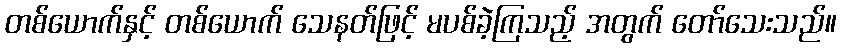
တစ်ယောက်နှင့် တစ်ယောက် သေနတ်ဖြင့် မပစ်ခဲ့ကြသည့် အတွက် တော်သေးသည်။